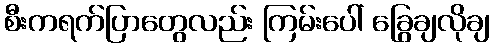
စီးကရက်ပြာတွေလည်း ကြမ်းပေါ် ခြွေချလိုချ